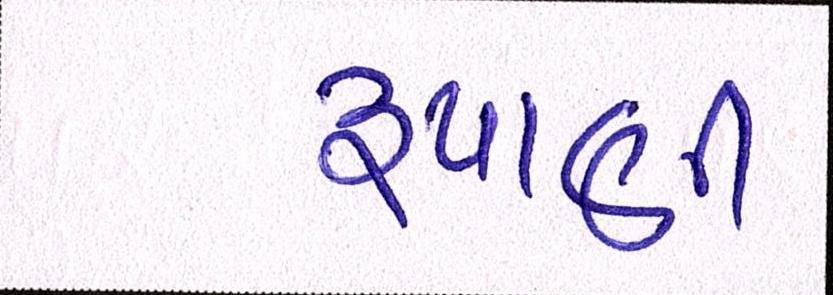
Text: રૃપાણી